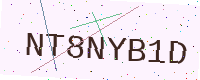
Text: NT8NYB1D